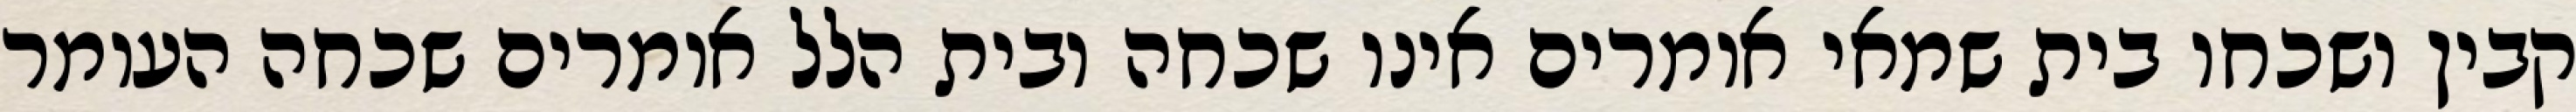
קבין ושכחו בית שמאי אומרים אינו שכחה ובית הלל אומרים שכחה העומר